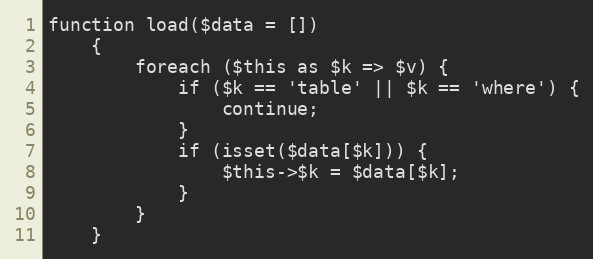
Language: PHP
function load($data = [])
    {
        foreach ($this as $k => $v) {
            if ($k == 'table' || $k == 'where') {
                continue;
            }
            if (isset($data[$k])) {
                $this->$k = $data[$k];
            }
        }
    }